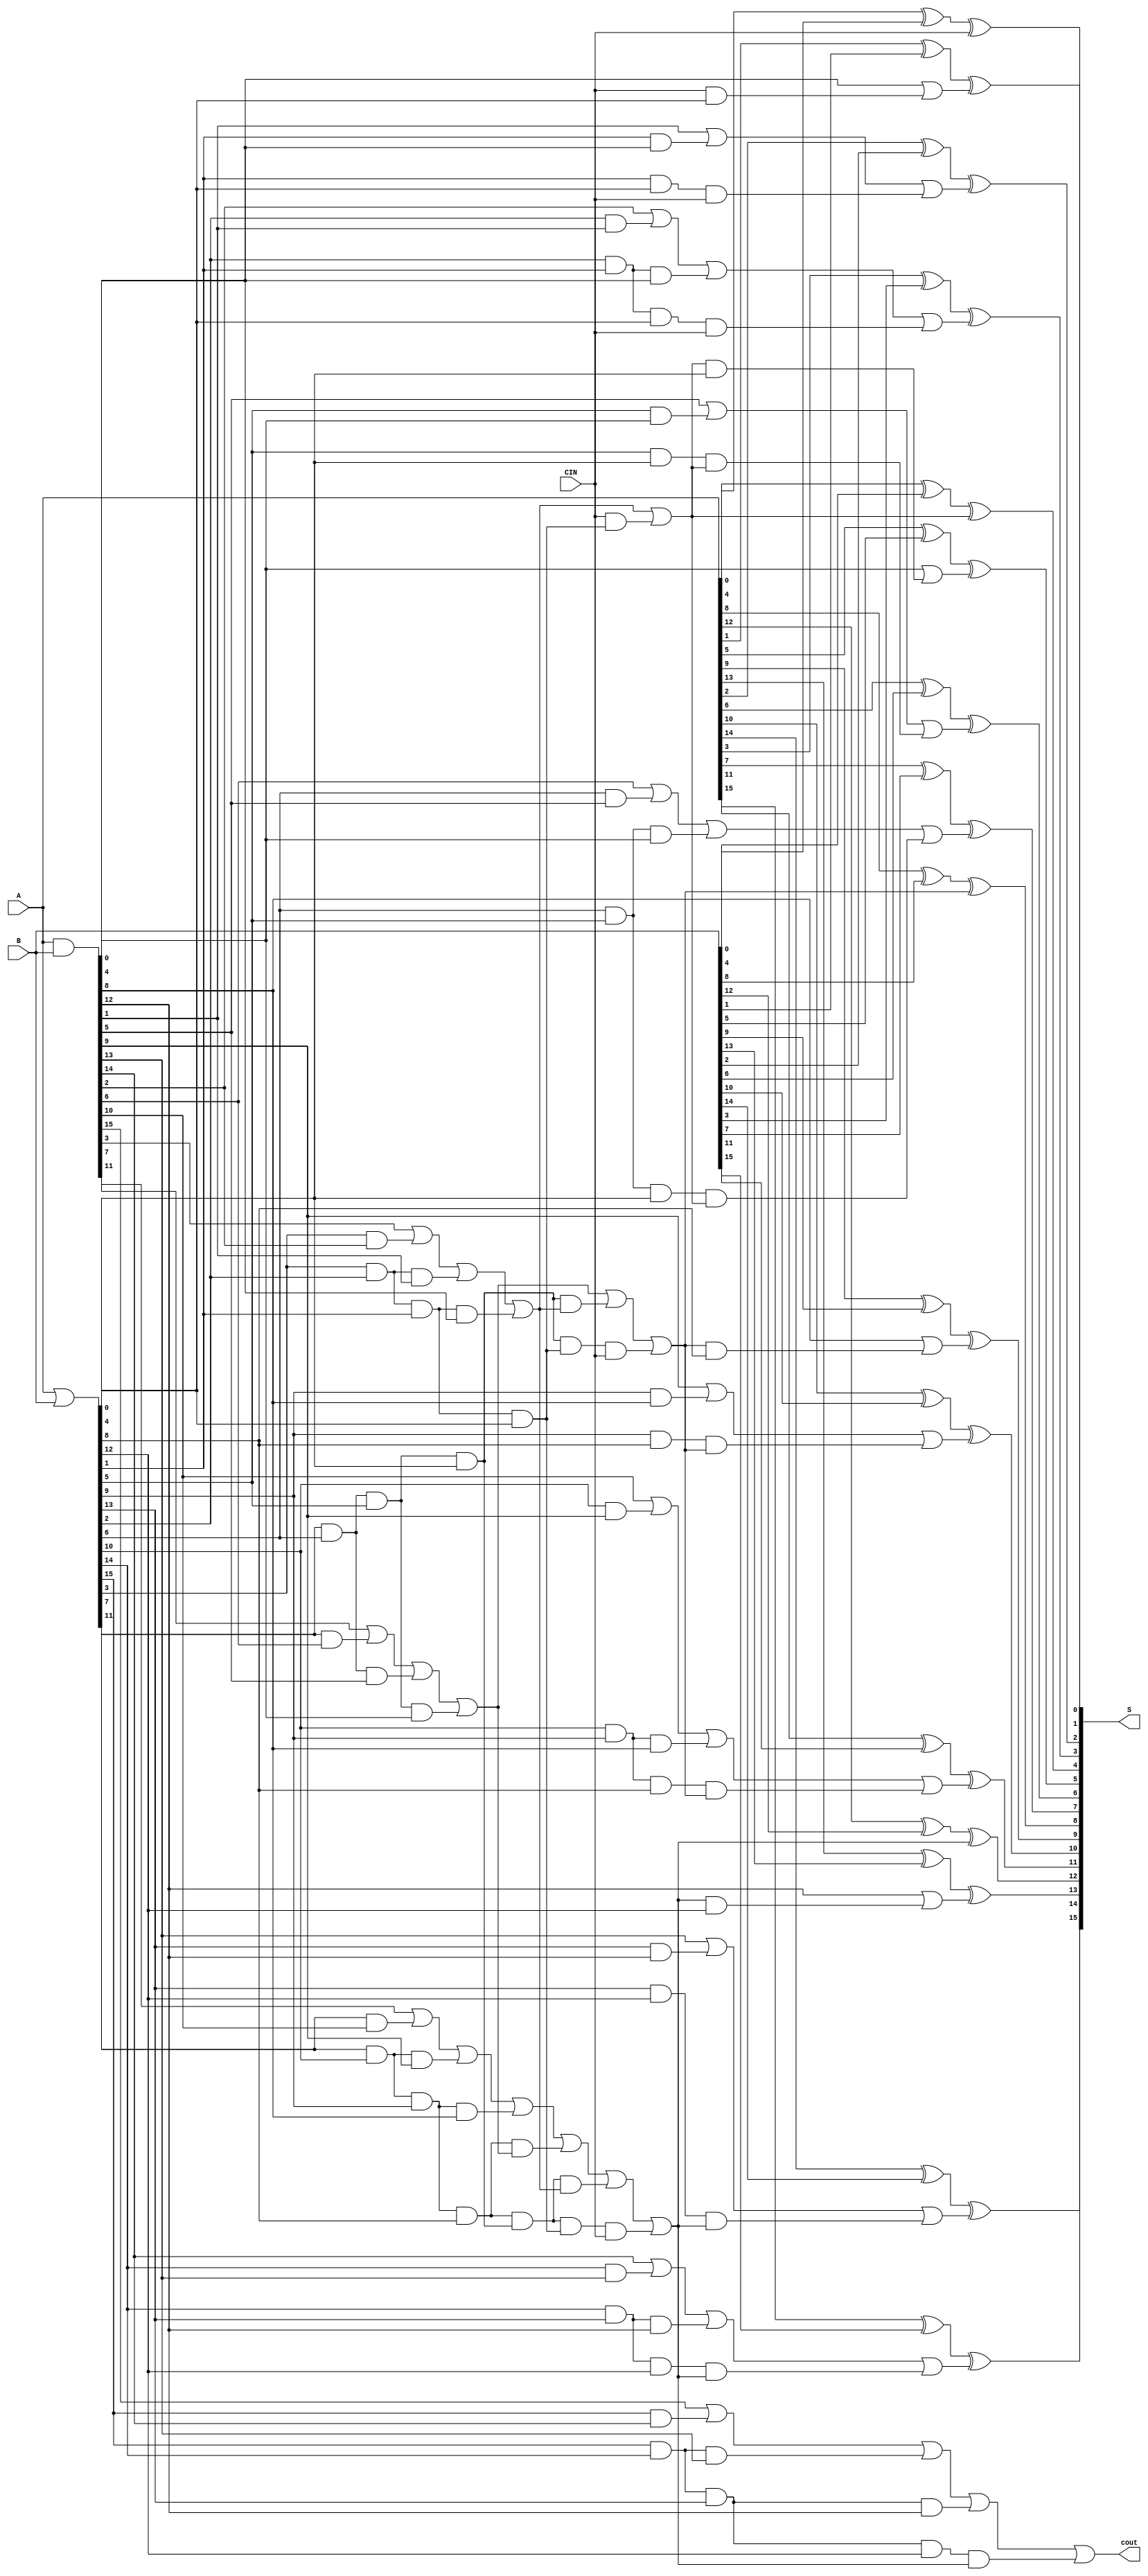
`timescale 1ns / 1ps
//////////////////////////////////////////////////////////////////////////////////
// Company: 
// Engineer: 
// 
// Design Name: 
// Module Name: ahead_adder16
// Project Name: 
// Target Devices: 
// Tool Versions: 
// Description: 
// 
// Dependencies: 
// 
// Revision:
// Revision 0.01 - File Created
// Additional Comments:
// 
//////////////////////////////////////////////////////////////////////////////////


module ahead_adder16
(
input [15:0]A,
input [15:0]B,
input CIN,
output reg [15:0]S,
output reg cout 
);

wire [15:0]G=A&B;
wire [15:0]P=A|B;
reg [3:0]cin;
reg cout1;

task ahead_adder4;

input cin;
input [3:0]A;
input [3:0]B;
input [3:0]G;
input [3:0]P;
output  reg [3:0]S;
output  reg cout;
reg [3:0]C;
begin
C[0]= G[0] | (cin&P[0]);
C[1]= G[1] | (P[1]&G[0]) | (P[1]&P[0]&cin);
C[2]= G[2] | (P[2]&G[1]) | (P[2]&P[1]&G[0]) | (P[2]&P[1]&P[0]&cin);
C[3]= G[3] | (P[3]&G[2]) | (P[3]&P[2]&G[1]) | (P[3]&P[2]&P[1]&G[0]) | (P[3]&P[2]&P[1]&P[0]&cin);

S[0]=A[0]^B[0]^cin;
S[1]=A[1]^B[1]^C[0];
S[2]=A[2]^B[2]^C[1];
S[3]=A[3]^B[3]^C[2];
cout=C[3];
end
endtask
task ahead_carry;

input cin;
input [15:0]G;
input [15:0]P;
output reg [3:0]cout;
reg [3:0]G2;
reg [3:0]P2;
begin

G2[0]=G[3] | P[3]&G[2] | P[3]&P[2]&G[1] | P[3]&P[2]&P[1]&G[0];
G2[1]=G[7] | P[7]&G[6] | P[7]&P[6]&G[5] | P[7]&P[6]&P[5]&G[4];
G2[2]=G[11] | P[11]&G[10] | P[11]&P[10]&G[9] | P[11]&P[10]&P[9]&G[8];
G2[3]=G[15] | P[15]&G[14] | P[15]&P[14]&G[13] | P[15]&P[14]&P[13]&G[12];

P2[0]=P[3]&P[2]&P[1]&P[0];
P2[1]=P[7]&P[6]&P[5]&P[4];
P2[2]=P[11]&P[10]&P[9]&P[8];
P2[3]=P[15]&P[14]&P[13]&P[12];

cout[0]=G2[0] | (cin&P2[0]);
cout[1]=G2[1] | (P2[1]&G2[0]) | (P2[1]&P2[0]&cin);
cout[2]=G2[2] | (P2[2]&G2[1]) | (P2[2]&P2[1]&G2[0]) | (P2[2]&P2[1]&P2[0]&cin);
cout[3]=G2[3] | (P2[3]&G2[2]) | (P2[3]&P2[2]&G2[1]) | (P2[3]&P2[2]&P2[1]&G2[0]) | (P2[3]&P2[2]&P2[1]&P2[0]&cin);
end
endtask

always@(*)
begin
	ahead_carry(CIN,G[15:0],P[15:0],cin[3:0]);
	ahead_adder4 (CIN,A[3:0],B[3:0],G[3:0],P[3:0],S[3:0],cout1);//cout1
	ahead_adder4 (cin[0],A[7:4],B[7:4],G[7:4],P[7:4],S[7:4],cout1);
	ahead_adder4 (cin[1],A[11:8],B[11:8],G[11:8],P[11:8],S[11:8],cout1);
	ahead_adder4 (cin[2],A[15:12],B[15:12],G[15:12],P[15:12],S[15:12],cout);//coutadder
end
endmodule